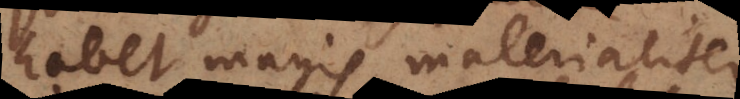
habet magis materialiter,